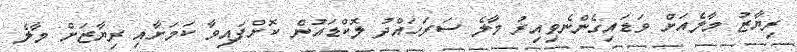
ރިޔާޒު މާލެއަށް ވަޑައިގެންނެވިއިރު މާލެ ސަރަހައްދު ލޮކްޑައުން ކޮށްފައިވާ ކަމަށާއި ރިޔާޒަށް މާލެ